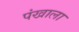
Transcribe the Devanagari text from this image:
पंखाला